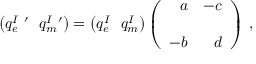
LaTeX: \left( q _ { e } ^ { I \ \prime } \, \, \, \, q _ { m } ^ { I \ \prime } \right) = \left( q _ { e } ^ { I } \, \, \, \, q _ { m } ^ { I } \right) \left( \begin{array} { r r } { { a } } & { { - c } } \\ { { } } & { { } } \\ { { - b } } & { { d } } \end{array} \right) \, ,